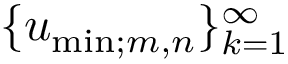
\{ u _ { \mathrm { m i n } ; m , n } \} _ { k = 1 } ^ { \infty }